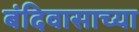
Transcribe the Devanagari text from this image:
बंदिवासाच्या